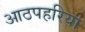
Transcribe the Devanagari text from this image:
आठपहरिया